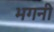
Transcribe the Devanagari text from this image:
भगनी